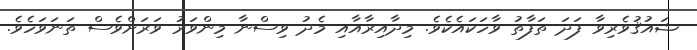
ޝައުޤުވެރިވާ ފަދަ ތަފާތު ވާހަކައެކެވެ. މިދާއިރާއާއި މެދު ވިސްނާ މިންވަރު ވަރަށްވެސް ތަނަވަހެވެ.